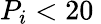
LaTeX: P_{i}<20\